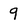
Character: 9